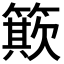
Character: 𥳽